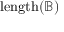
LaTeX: \mathrm { { l e n g t h } } ( { \mathbb { B } } )